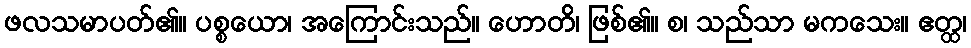
ဖလသမာပတ်၏။ ပစ္စယော၊ အကြောင်းသည်။ ဟောတိ၊ ဖြစ်၏။ စ၊ သည်သာ မကသေး။ ဧတ္ထ၊